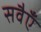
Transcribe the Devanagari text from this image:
सवैएँ